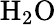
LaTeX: \textup{H}_{2}\textup{O}